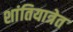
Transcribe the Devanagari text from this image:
शांतियात्रेत